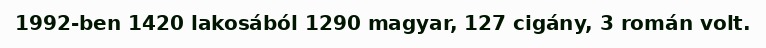
1992-ben 1420 lakosából 1290 magyar, 127 cigány, 3 román volt.